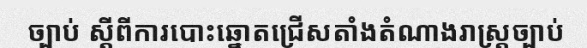
ច្បាប់ ស្តីពីការបោះឆ្នោតជ្រើសតាំងតំណាងរាស្ត្រច្បាប់